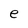
Character: e